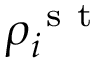
\rho _ { i } ^ { \mathrm { ~ s ~ t ~ } }